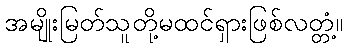
အမျိုးမြတ်သူတို့မထင်ရှားဖြစ်လတ္တံ့။